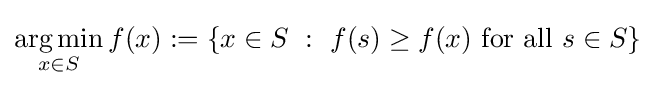
{\underset {x\in S}{\operatorname {arg\,min} }}\,f(x):=\{x\in S~:~f(s)\geq f(x){\text{ for all }}s\in S\}